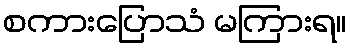
စကားပြောသံ မကြားရ။